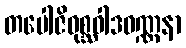
တပေါဇိဝုစ္ဆဝါဒဝဏ္ဏနာ